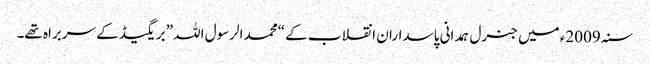
سنہ 2009ء میں جنرل ہمدانی پاسداران انقلاب کے “محمد الرسول اللہ” بریگیڈ کے سربراہ تھے۔